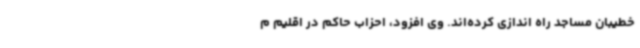
خطیبان مساجد راه اندازی کرده‌اند. وی افزود، احزاب حاکم در اقلیم م